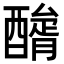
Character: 𨢺